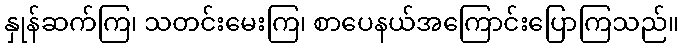
နှုန်ဆက်ကြ၊ သတင်းမေးကြ၊ စာပေနယ်အကြောင်းပြောကြသည်။